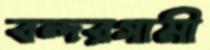
বন্দরগামী